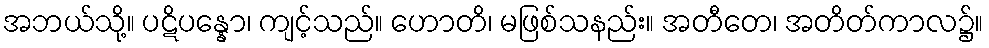
အဘယ်သို့။ ပဋိပန္နော၊ ကျင့်သည်။ ဟောတိ၊ မဖြစ်သနည်း။ အတီတေ၊ အတိတ်ကာလ၌။